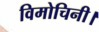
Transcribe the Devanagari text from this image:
विमोचिनी।